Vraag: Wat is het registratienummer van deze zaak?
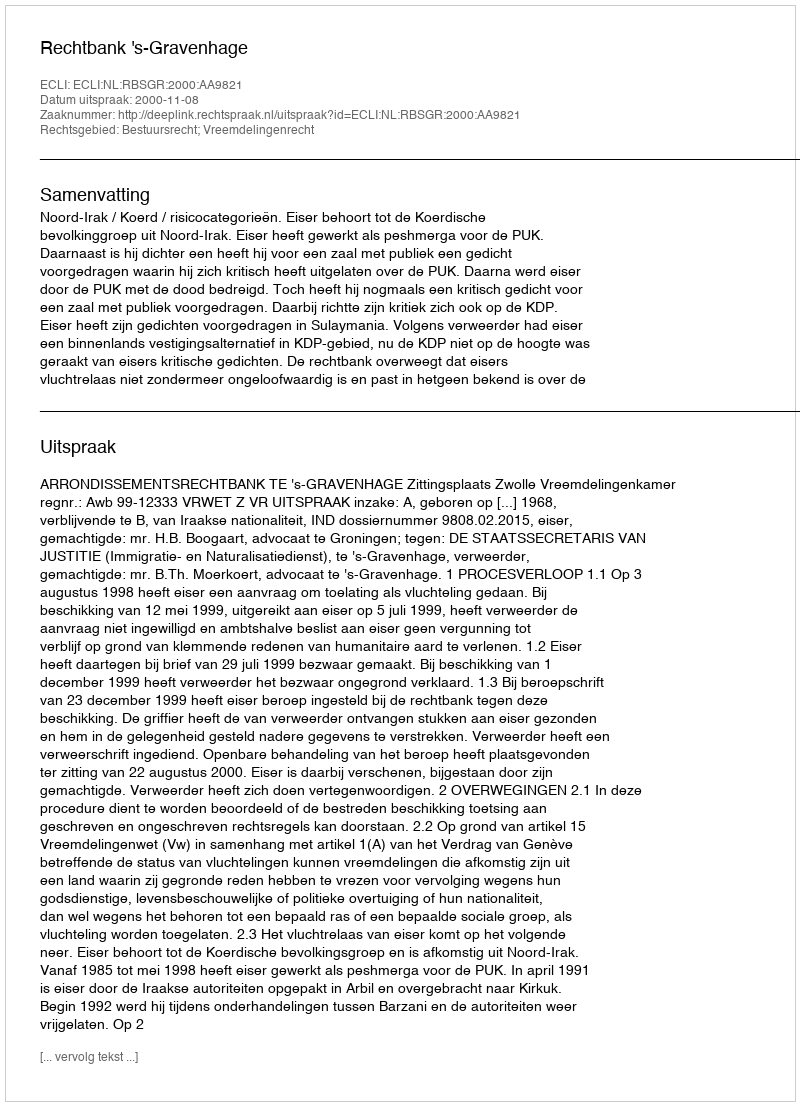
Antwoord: http://deeplink.rechtspraak.nl/uitspraak?id=ECLI:NL:RBSGR:2000:AA9821